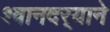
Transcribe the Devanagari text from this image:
श्वानदर्‍याने